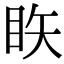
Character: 䀢